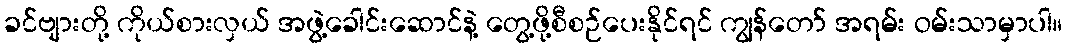
ခင်ဗျားတို့ ကိုယ်စားလှယ် အဖွဲ့ခေါင်းဆောင်နဲ့ တွေ့ဖို့စီစဉ်ပေးနိုင်ရင် ကျွန်တော် အရမ်း ဝမ်းသာမှာပါ။